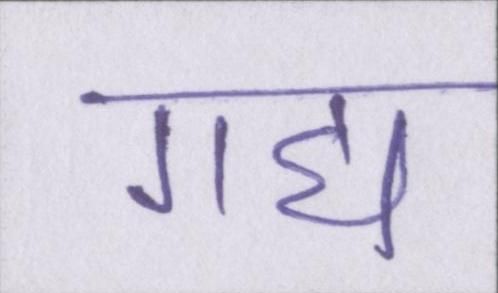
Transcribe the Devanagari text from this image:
गद्य